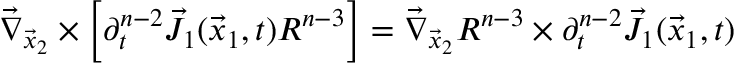
\vec { \nabla } _ { \vec { x } _ { 2 } } \times \left[ \partial _ { t } ^ { n - 2 } \vec { J } _ { 1 } ( \vec { x } _ { 1 } , t ) R ^ { n - 3 } \right] = \vec { \nabla } _ { \vec { x } _ { 2 } } R ^ { n - 3 } \times \partial _ { t } ^ { n - 2 } \vec { J } _ { 1 } ( \vec { x } _ { 1 } , t )